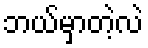
ဘယ်မှာတဲ့လဲ